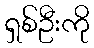
ရှစ်ဦးကို